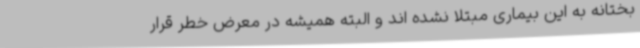
بختانه به این بیماری مبتلا نشده اند و البته همیشه در معرض خطر قرار